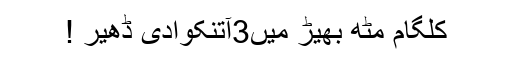
کلگام مٹھ بھیڑ میں3آتنکوادی ڈھیر !